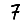
Digit: 7